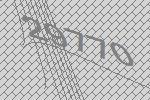
29770